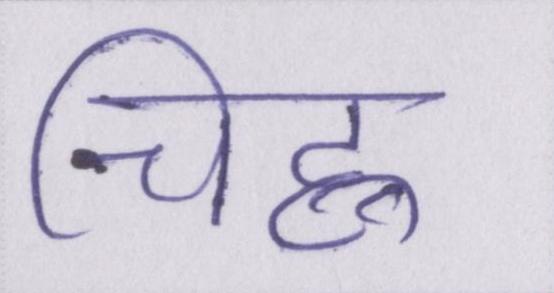
चिह्न